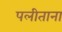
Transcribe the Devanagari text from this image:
पलीताना